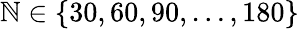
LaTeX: \mathbb{N}\in\{ 30,60,90,\dots,180\}